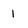
Character: 1